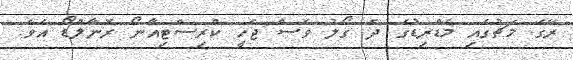
ރޭގެ މެޗުގައި މެޑްރިޑުގެ ދެ ގޯލު ވެސް ޖެހީ ކްރިސްޓިއާނޯ ރޮނާލްޑޯ އެވެ.